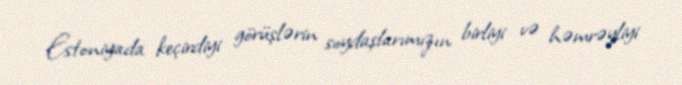
Estoniyada keçirdiyi görüşlərin soydaşlarımızın birliyi və həmrəyliyi